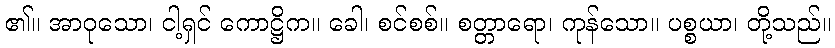
၏။ အာဝုသော၊ ငါ့ရှင် ကောဋ္ဌိက။ ခေါ၊ စင်စစ်။ စတ္တာရော၊ ကုန်သော။ ပစ္စယာ၊ တို့သည်။